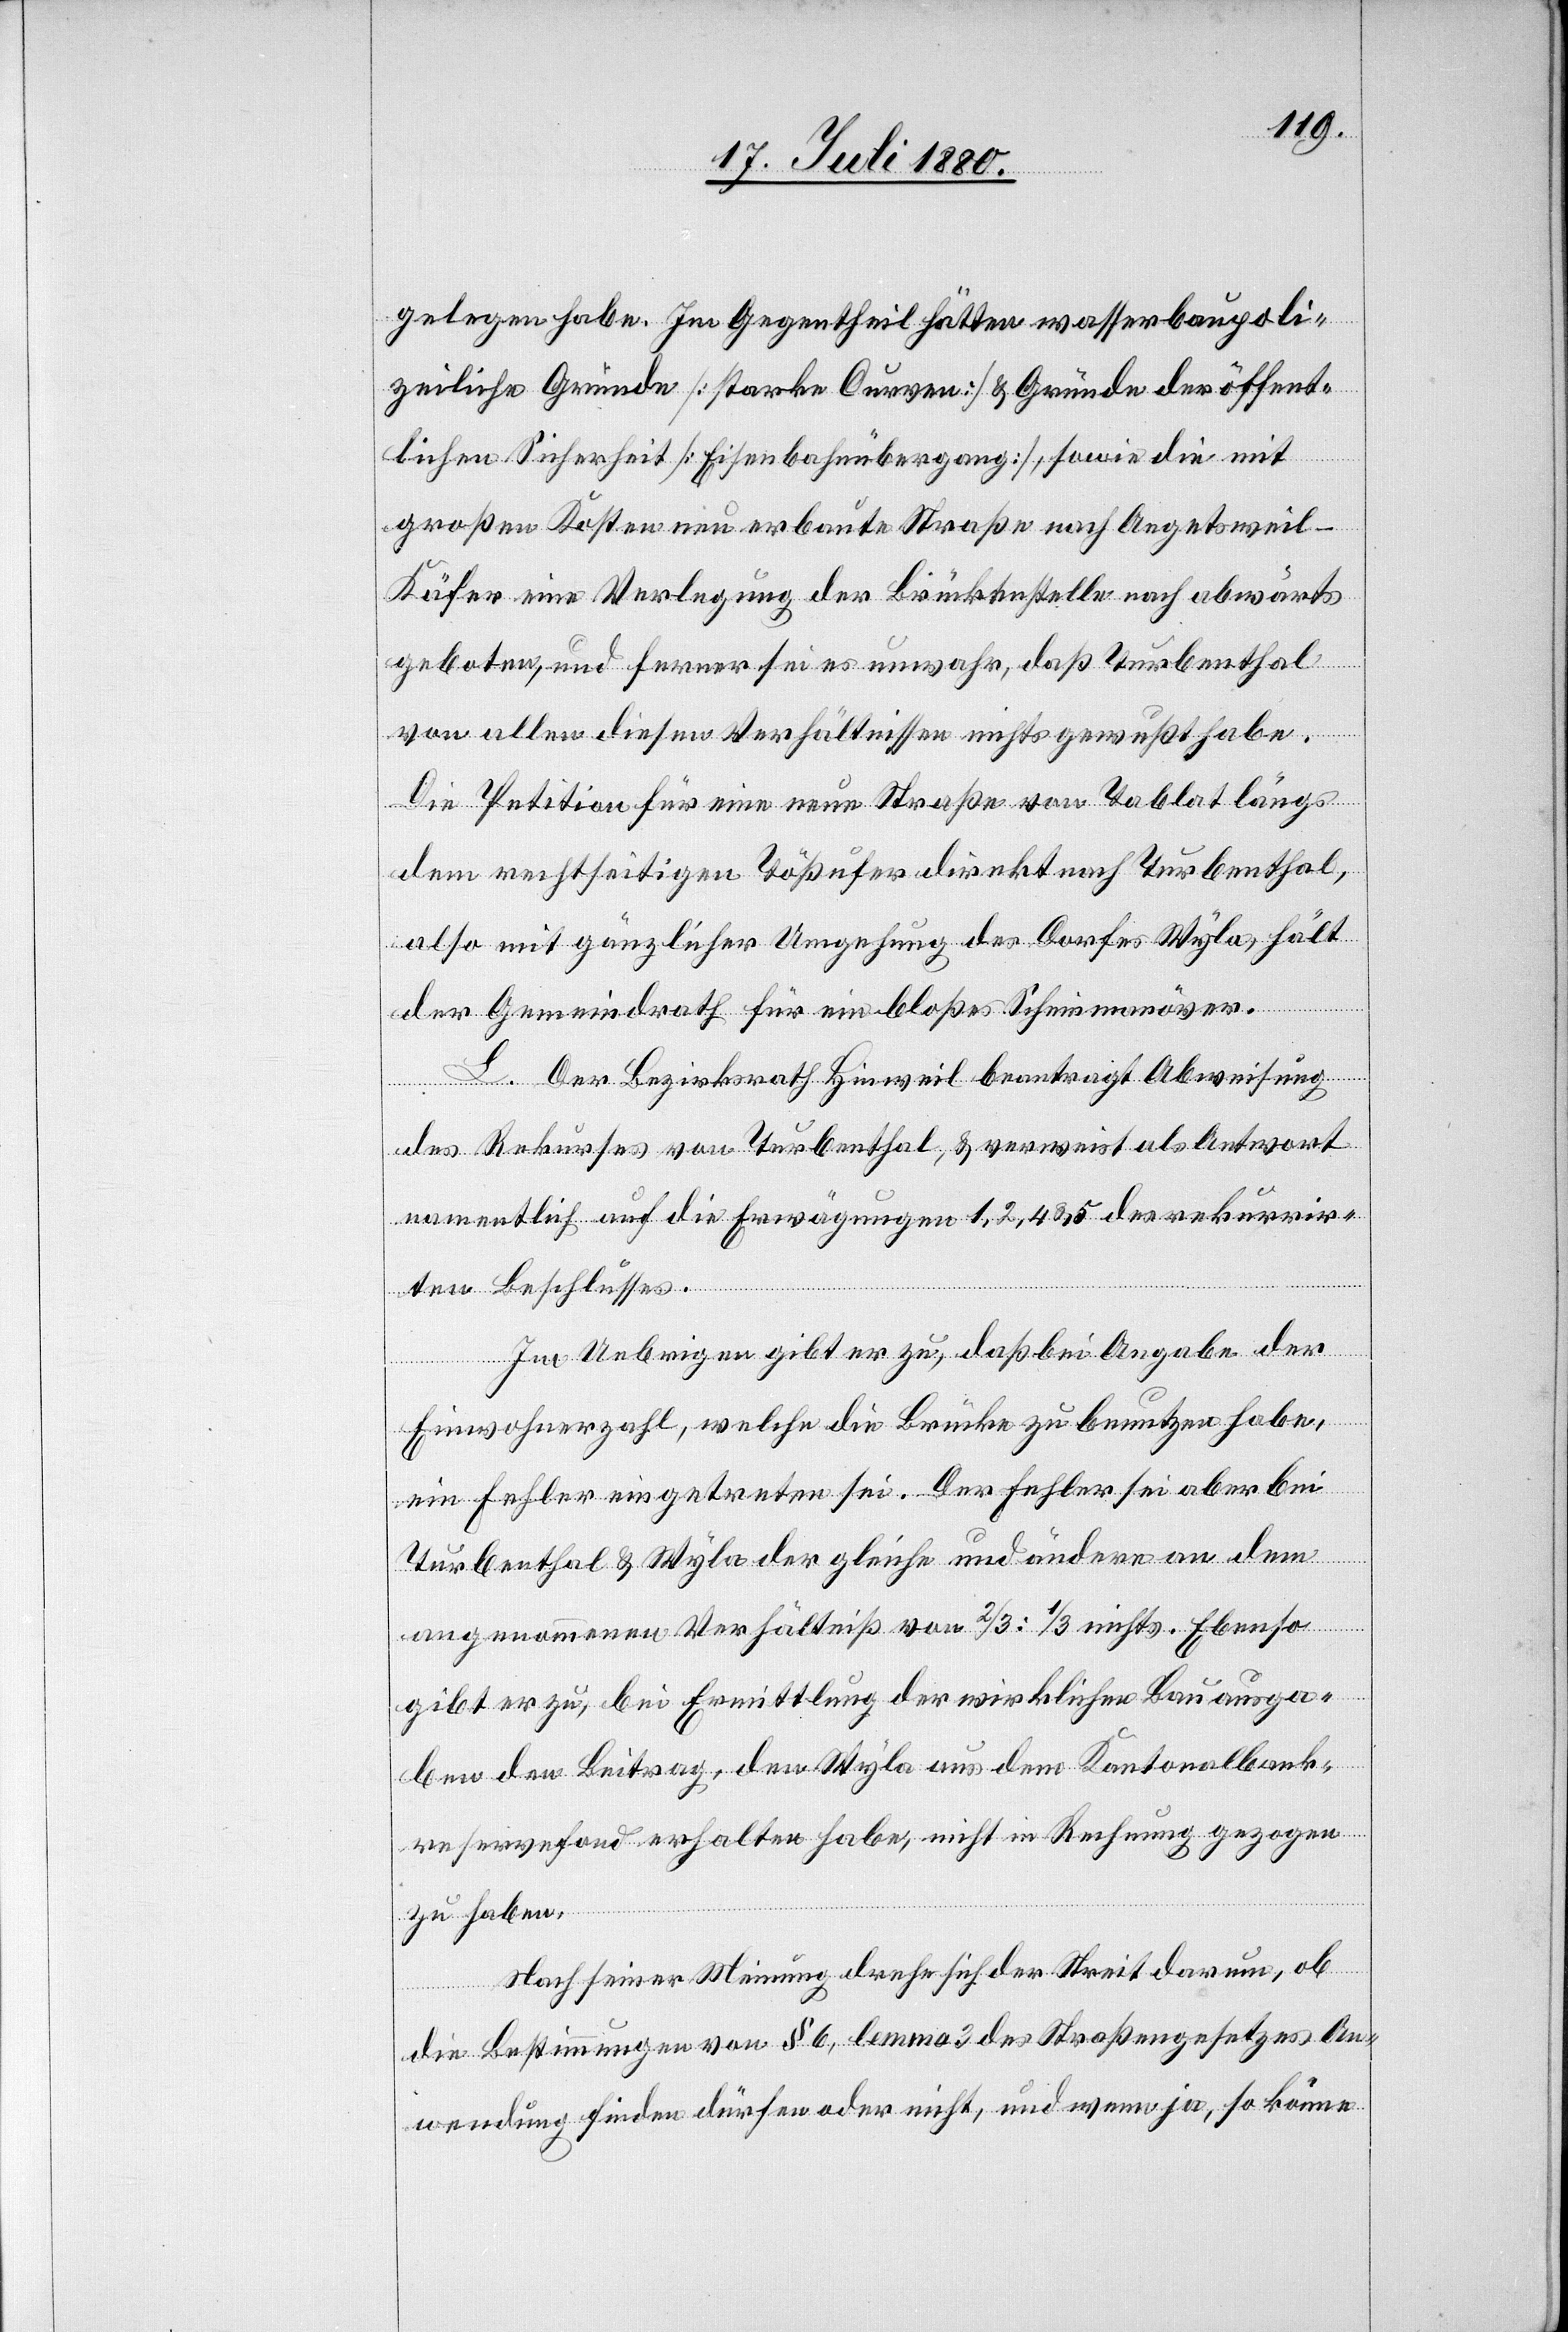
gelegen habe. Im Gegentheil hätten wasserbaupoli¬
zeiliche Gründe [starke Curven] & Gründe der öffent¬
lichen Sicherheit [Eisenbahnübergang], sowie die mit
großen Kosten neu erbaute Straße nach Aegetsweil -
Käfer eine Verlegung der Brückenstelle nach abwärts
geboten, und ferner sei es unwahr, daß Turbenthal
von allen diesen Verhältnissen nichts gewußt habe.
Die Petition für eine neue Straße von Tablat längs
dem rechtseitigen Tößufer direkt nach Turbenthal,
also mit gänzlicher Umgehung des Dorfes Wyla, hält
der Gemeindrath für ein bloßes Scheinmanöver.
L. Der Bezirksrath Hinweil beantragt Abweisung
des Rekurses von Turbenthal, & verweist als Antwort
namentlich auf die Erwägungen 1, 2, 4 & 5 des rekurrir¬
ten Beschlusses.
Im Uebrigen gibt er zu, daß bei Angabe der
Einwohnerzahl, welche die Brücke zu benutzen habe,
ein Fehler eingetreten sei. Der Fehler sei aber bei
Turbenthal & Wyla der gleiche und ändere an dem
angenommenen Verhältniß von 2/3 : 1/3 nichts. Ebenso
gibt er zu, bei Ermittlung der wirklichen Bauanga¬
ben den Beitrag, den Wyla aus dem Kantonalbank¬
reservefond erhalten habe, nicht in Rechnung gezogen
zu haben.
Nach seiner Meinung, drehe sich der Streit darum, ob
die Bestimmungen von § 6, Lemma 3 des Straßengesetzes An¬
wendung finden dürfen oder nicht, und wenn ja, so könne